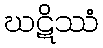
ဃဋိဿံ